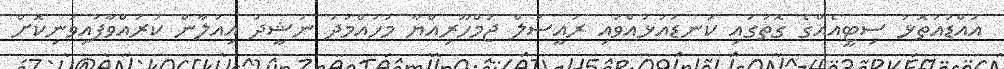
އައްޑުއަތޮޅު ސިޓީއެއްގެ ގޮތުގައި ކަނޑައަޅުއްވައި ރައީސުލް ޖުމްހޫރިއްޔާ މުހައްމަދު ނަޝީދު އިއުލާން ކުރައްވާފައިވަނިކޮށް